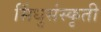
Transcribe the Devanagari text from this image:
सिंधुसंस्कृती